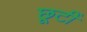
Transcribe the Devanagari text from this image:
छूटीं